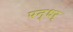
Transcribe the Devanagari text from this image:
पन्धर्